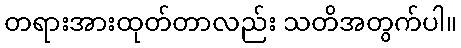
တရားအားထုတ်တာလည်း သတိအတွက်ပါ။